King Institute of Preventive Medicine Micro-Biological Section reports 1912-19
Year: 1912
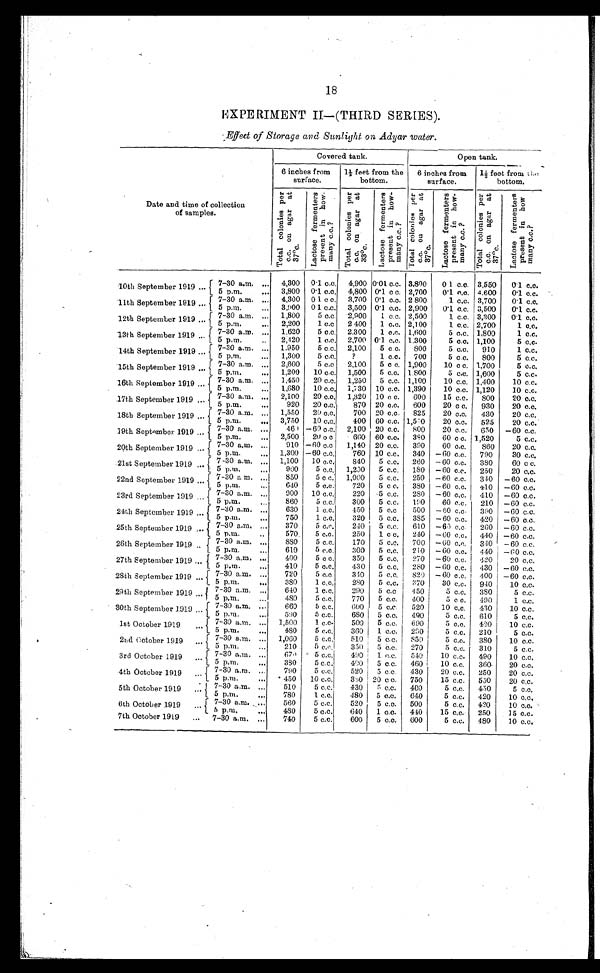
18
EXPERIMENT II-(THIRD SERIES).
Effect of Storage and Sunlight on Adyar water.
D a t e a n d t i m e o f c o l l e c t i o n o f s a m p l e s .
Covered tank.
Open tank.
6 inches from
surface.
1½ feet from the
bottom.
6 inches from
surface.
1½ feet from the
bottom.
T o t a l c o l o n i e s p e r c . c . o n a g a r a t 3 7°c .
L a c t o s e f e r m e n t e r s p r e s e n t i n h o w - m a n y c . c . ?
T o t a l c o l o n i e s p e r c . c . o n a g a r a t 3 3°c . L a c t o s e f e r m e n t e r s p r e s e n t i n h o w - m a n y c . c . ?
T o t a l c o l o n i e s p e r c . c . o n a g a r a t 3 7°c .
L a c t o s e f e r m e n t e r s p r e s e n t i n h o w - m a n y c . c . ?
T o t a l c o l o n i e s p e r c . c . o n a g a r a t 3 7°c .
L a c t o s e f e r m e n t e r s p r e s e n t i n h o w m a n y c . c . ?
10th September 1919 ...
7 - 3 0 a . m . . . .
4,300 0.1 c.c. 4,900 0.01 c.c. 3,800
0.1 c.c. 3.550
0.1 c.c.
5 p . m. . . .
3 , 8 0 0 0.1 c.c. 4,800 0.1 c c. 2,700
0.1 c.c. 4,600
0 . 1 c . c .
11th September 1919 ...
7-30 a.m. ...
4 , 3 0 0
0 . 1 c . c . 3,700 0.1 c.c. 2,800
1 c.c. 3,700
0.1 c.c.
5 p.m. ...
3 , 9 0 0
0 . 1 c . c . 3,500 0.1 c.c. 2,900
0 . 1 c . c . 3,500
0 . 1 c . c .
12th September 1919 ...
7-30 a.m. ...
1 , 8 0 0
5 c . c
2 , 9 0 0
1 c . c .
2 , 5 0 0
1 c . c . 3,300
0 . 1 c . c .
5 p.m. ...
2 , 2 0 0
1 c . c
2 , 9 0 0
1 c . c . 2,100
1 c..c. 2,700
1 c.c.
13th September 1919 ...
7-30 a.m. ...
1 , 6 2 0
5 c.c, 2.300
1 c.c. 1,600
5 c . c . 1.800
1 c.c.
5 p.m. ...
2,420
1 c.c. 2,700 0.1 c.c. 1,300
5 c . c . 1,100
5 c . c .
14th September 1919 ...
7- 30 a. m. . . .
1,950
5 c.c. 2,100
5 c c.
800
5 c.c.
910
1 c.c.
5 p.m. ...
1 , 3 0 0 ,
5 c . c .
? 1 c.c.
700
5 c.c.
800
5 c . c .
15th September 1919 ...
7-30 a.m. ...
2,600
5 c.c
2,100
5 c c. 1,900
10 c c. 1.700
5 c . c .
5 p.m. ...
1,200
10 c.c. 1,500
5 c.c. 1,800
5 c.c. 1,600
5 c.c.
16th September 1919 ...
7-30 a. m. . . . .
1,450
20 c.c. 1,250
5 c.c. 1,100
10 c.c. 1,400
1 0 c . c .
10
5 p . m . . . .
1 , 6 8 0 10 c.c. 1,730 10 c.c. 1,390
10 c.c. 1,120
1 0 c . c .
17th September 1919 ...
7-30 a.m. ...
2 , 1 0 0 20 c.c. 1,320 10 c.c.
600
15 c.c.
8 0 0
20 c.c.
5 p.m. ...
920
20 c.c.
870 20 c.c.
600
20 c c.
930
20 c.c.
18th September 1919 ...
7-30 a.m. ...
1,550
20 c.c.
700 20 c.c.
825
20 c.c.
430
2 0 c . c .
5 p . m. . . .
3,750
10 c,c.
400
6 0 c . c .
1 , 5 3 0
20 c.c.
525
2 0 c . c .
19th September 1919 ...
7-30 a
.m. ...
460 -60 c.c. 2,100 20 c.c.
800
20 c.c.
650
- 6 0 c . c .
, 5 p . m. . . .
2 , 5 0 0 20 c.c.
660 60 c.c.
3 8 0
60 c c. 1,520
5 c . c .
20th September 1919 ...
7-30 a.m. ...
910 -60 c.c
1,140 20 c.c.
390
60 c.c.
860
20 c.c.
5 p . m . . . .
1 , 3 0 0 -60 c.c.
760 10 c.c. 340 -60 c.c.
790
30 c.c,
21st September 1919...
7-30 a.m. ...
1,100
10 c.c.
840
5 c.c.
260 -60 c.c.
380
60 c c.
5 p.m. ...
9 0 0
5 c.c.
1 , 2 0 0 5 c.c.
1 8 0 -60 c.c.
250
20 c.c.
22nd September 1919 ... 7-30 a.m. ...
850
5 c c.
1,000
5 c.c.
250 -60 c.c.
340 -60 c.c.
5 p . m . . . .
640
5 c.c.
720
5 c.c.
380 -60 c.c.
410 -60 c.c.
23rd September 1919 ...
7-30 a.m. ...
900
10 c.c.
220
5 c . c . 280 -60 c.c.
410 -60 c.c.
5 p . m . . . .
8 6 0
5 c . c .
300
5 c . c . 190
60 c.c.
210 -60 c.c.
24th September 1919 ...
7-30 a.m. ...
630
1 c.c.
450
5 c.c
500 -60 c.c. 390 -60 c.c.
5 p . m . . . .
750
1 c.c
320
5 c.c.
385 -60 c.c.
420 -60 c.c.
25th September 1919 ...
7-30 a. m. . . .
370
5 c.c.
240
5 c.c.
610 -60 c.c. 260 -60 c.c.
5 p. m. . . .
570.
5 c.c.
250
1 c c.
240
- 6 0 c . c . 440 -60 c.c.
26th September 1919 ...
7-30 a.m. ...
880
5 c.c.
170
5 c.c.
700
- 6 0 c . c . 340 -60 c.c.
5 p . m . . . .
610
5 .c.c.
300
5 c.c.
210
- 6 0 c . c . 440 -60 c.c.
27th September 1919 ...
7-30 a.m. ...
400
5 c . c .
350
5 c.c.
270
- 6 0 c . c .
4 2 0
2 0 c . c .
5 p.m. ...
410
5 c . c .
430
5 c.c. 280 -60 c.c.
4 3 0
- 6 0 c . c .
28th Septmber 1919 ...
7-30 a.m. ...
720
5 c.c
340
5 c.c.
8 2 0 - 60 c.c. 400 -60 c.c.
5 p.m. ...
380
1 c.c.
2 8 0 5 c.c.
370
30 c.c.
940
10 c.c.
29th September 1919 ...
7-30 a. m. . . .
640
1 c.c.
290
5 c.c
450
5 c.c.
380
5 c.c.
5 p . m . . . .
480
5 c.c.
770
5 c.c.
400
5 c.c.
490
1 c.c.
30th September 1919...
7-30 a. m. . . .
660
5 c.c.
600
5 c . c .
5 2 0
10 c.c.
430
10 c.c.
5 p.m. ...
590
5 c.c.
680
5 c.c.
490
5 c.c.
610
5 c.c.
1st October 1919 ...
7-30 a.m. ...
1,500
1 c.c.
500
5 c.c.
690
5 c.c.
420
10 c.c.
5 p.m. ...
480
5 c.c.
360
1 c.c.
2 9 0
5 c.c.
210
5 c.c.
2 n d O c t o b e r 1 9 1 9 . . .
7-30 a.m. ...
1,060
5.c.c.
510
5 c.c. 850
5 c.c. 380
10 c.c.
5 p.m. ...
210
5 c.c.
350 5 c.c.
270
5 c.c.
310
5 c.c.
3rd October 1919 ...
7-30 a.m. ...
670
5.c.c.
4 9 0 1 c.c. 540
10 c.c.
490
1 0 c . c .
5 p.m. ...
380
5 c.c
4 8 0 5 c.c.
460
10 c.c.
360
20 c.c.
4th October 1919 ...
7-30 a.m. ...
790
5 c.c.
520
5 c.c.
430
20 c.c.
250
20 c.c.
5 p.m. ...
450
10 c.c.
3 8 0 20 c.c.
750
15 c.c.
550
20 c.c.
'
5th October 1919 ...
7-30 a.m. ...
510
5 c.c.
430
5 c . c . 400
5.c.c 450
5 c.c.
5 p.m. ....
...
780
1 c.c.
480
5 c.c.
6 4 0
5 c.c.
4 2 0
10 c,c.
6th October 1919 ...
7-30 a.m. ....
560
5 c.c.
520
5 c.c.
500
5 c.c.
420
10 c.c.
5 p.m. ..
480
5 c.c.
640
1 c.c.
440
15 c.c.
250
15 c.c.
7th October 1919
... 7-30 a.m. ...
740
5 c.c.
600
5 c.c.
600
5 c.c.
480
10 c.c.